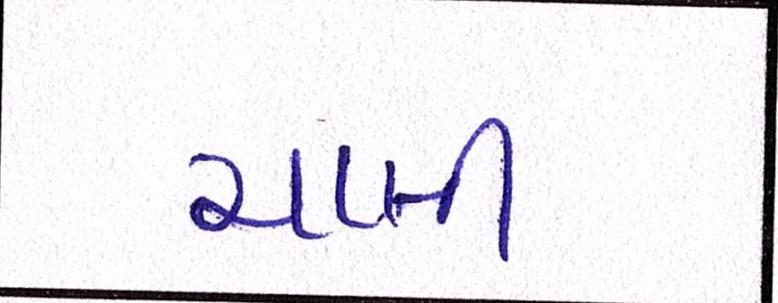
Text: ચાલી